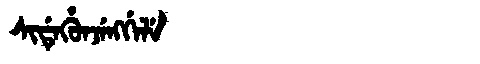
Manchu: ᠰᡳᡩᡝᡥᡠᠨᠵᡝᠩᡤᡝᠯᡝ
Romanization: SIDEHUNJENGGELE